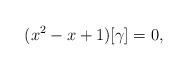
LaTeX: \begin{align*}(x^2-x+1)[\gamma]=0,\end{align*}